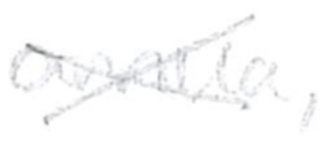
Text: annua,
Cross-out: cross
Writing tool: pencil